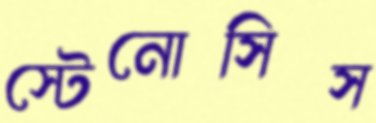
স্টেনোসিস